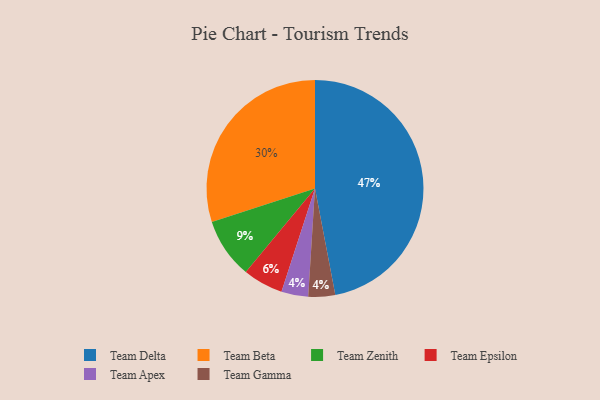
{"axis": {"x": "Category", "y": "Percentage"}, "legend": ["Team Apex", "Team Beta", "Team Delta", "Team Epsilon", "Team Gamma", "Team Zenith"], "data": [{"x": "Team Delta", "y": 47, "type": "Team Delta"}, {"x": "Team Apex", "y": 4, "type": "Team Apex"}, {"x": "Team Beta", "y": 30, "type": "Team Beta"}, {"x": "Team Gamma", "y": 4, "type": "Team Gamma"}, {"x": "Team Zenith", "y": 9, "type": "Team Zenith"}, {"x": "Team Epsilon", "y": 6, "type": "Team Epsilon"}]}